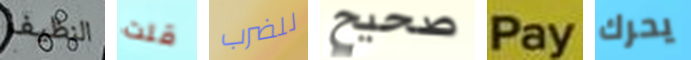
النظيف قلت للضرب صحيح Pay يحرك